Vaccine operations Central Provinces 1886-1899 - 1886-1899
Year: 1886
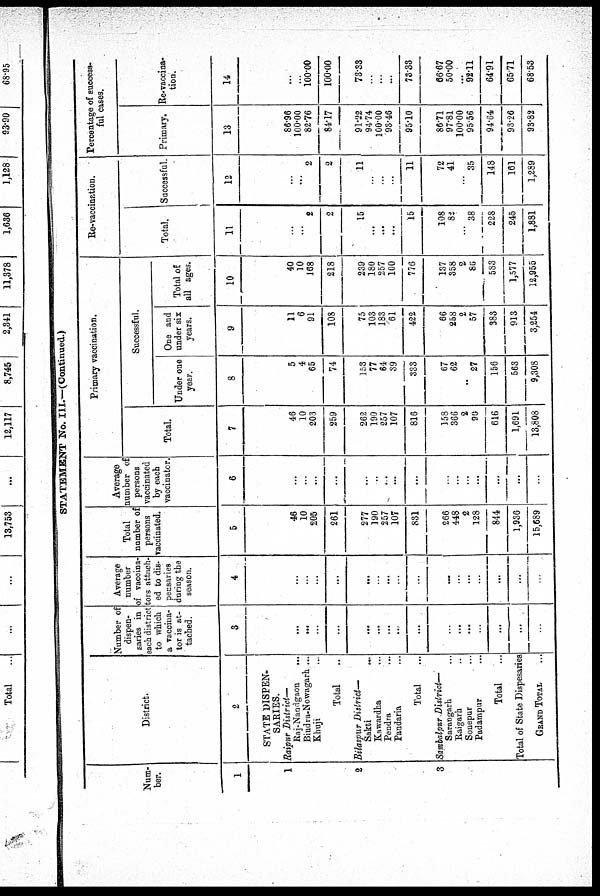
STATEMENT No. III.—(Continued.)
Num-
ber.
1
1
2
3
District.
2
STATE DISPEN-
SARIES.
Raipur District—
Raj-Nandgaon...
Bindra-Nowagarh ...
Khuji...
Total...
Bilaspur District—
Sakti...
Kawardha...
Pendra...
Pandaria...
Total...
Sambalpur District—
Sarangarh...
Raigarh...
Sonepur...
Padampur...
Total...
Total of State Dispesaries
GRAND TOTAL. . .
Number of
dispen-
saries in
each district
to which
a vaccina-
tor is at-
tached.
3
...
...
...
...
...
...
...
...
...
...
...
...
...
...
...
...
Average
number
of vaccina-
tors attach-
ed to dis-
pensaries
during the
season.
4
...
...
...
...
...
...
...
...
...
...
...
...
...
...
...
...
Total
number of
persons
vaccinated.
5
46
10
205
261
277
190
257
107
831
266
448
2
128
844
1,936
15,689
Average
number of
persons
vaccinated
by each
vaccinator.
6
...
...
...
...
...
..
...
...
...
...
...
...
...
...
...
...
Primary vaccination.
Total.
7
46
10
203
259
262
190
257
107
816
158
366
2
90
616
1,691
13,808
Successful.
Under one
year.
8
5
4
65
74
153
77
64
39
333
67
62
...
27
156
563
9,308
One and
under six
years.
9
11
6
91
108
75
103
183
61
422
66
258
2
57
383
913
3,254
Total of
all ages.
10
40
10
168
218
239
180
257
100
776
137
358
2
86
583
1,577
12,955
Re-vaccination.
Total.
11
...
...
2
2
15
...
...
...
15
108
82
...
38
228
245
1,881
Successful.
12
...
...
2
2
11
...
...
...
11
72
41
...
35
148
161
1,289
Percentage of success-
ful cases.
Primary.
13
86.96
100.00
82.76
84.17
91.22
94.74
100.00
93.46
95.10
86.71
97.81
100.00
95.56
94.64
93.26
93.82
Re- vaccina-
tion.
14
...
...
100.00
100.00
73.33
...
...
...
73.33
66.67
50.00
...
92.11
64.9l
65.71
68.53